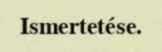
Ismertetése.